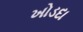
ખોડદા